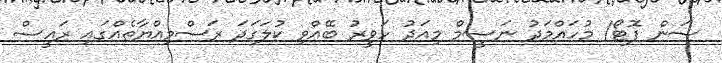
ސަން ފޮޓޯ/ މުހައްމަދު ނަސީމް މިއަދު ހަވީރު ބޭއްވި ކުލަގަދަ ރަސްމިއްޔާތެއްގައި ރައީސް